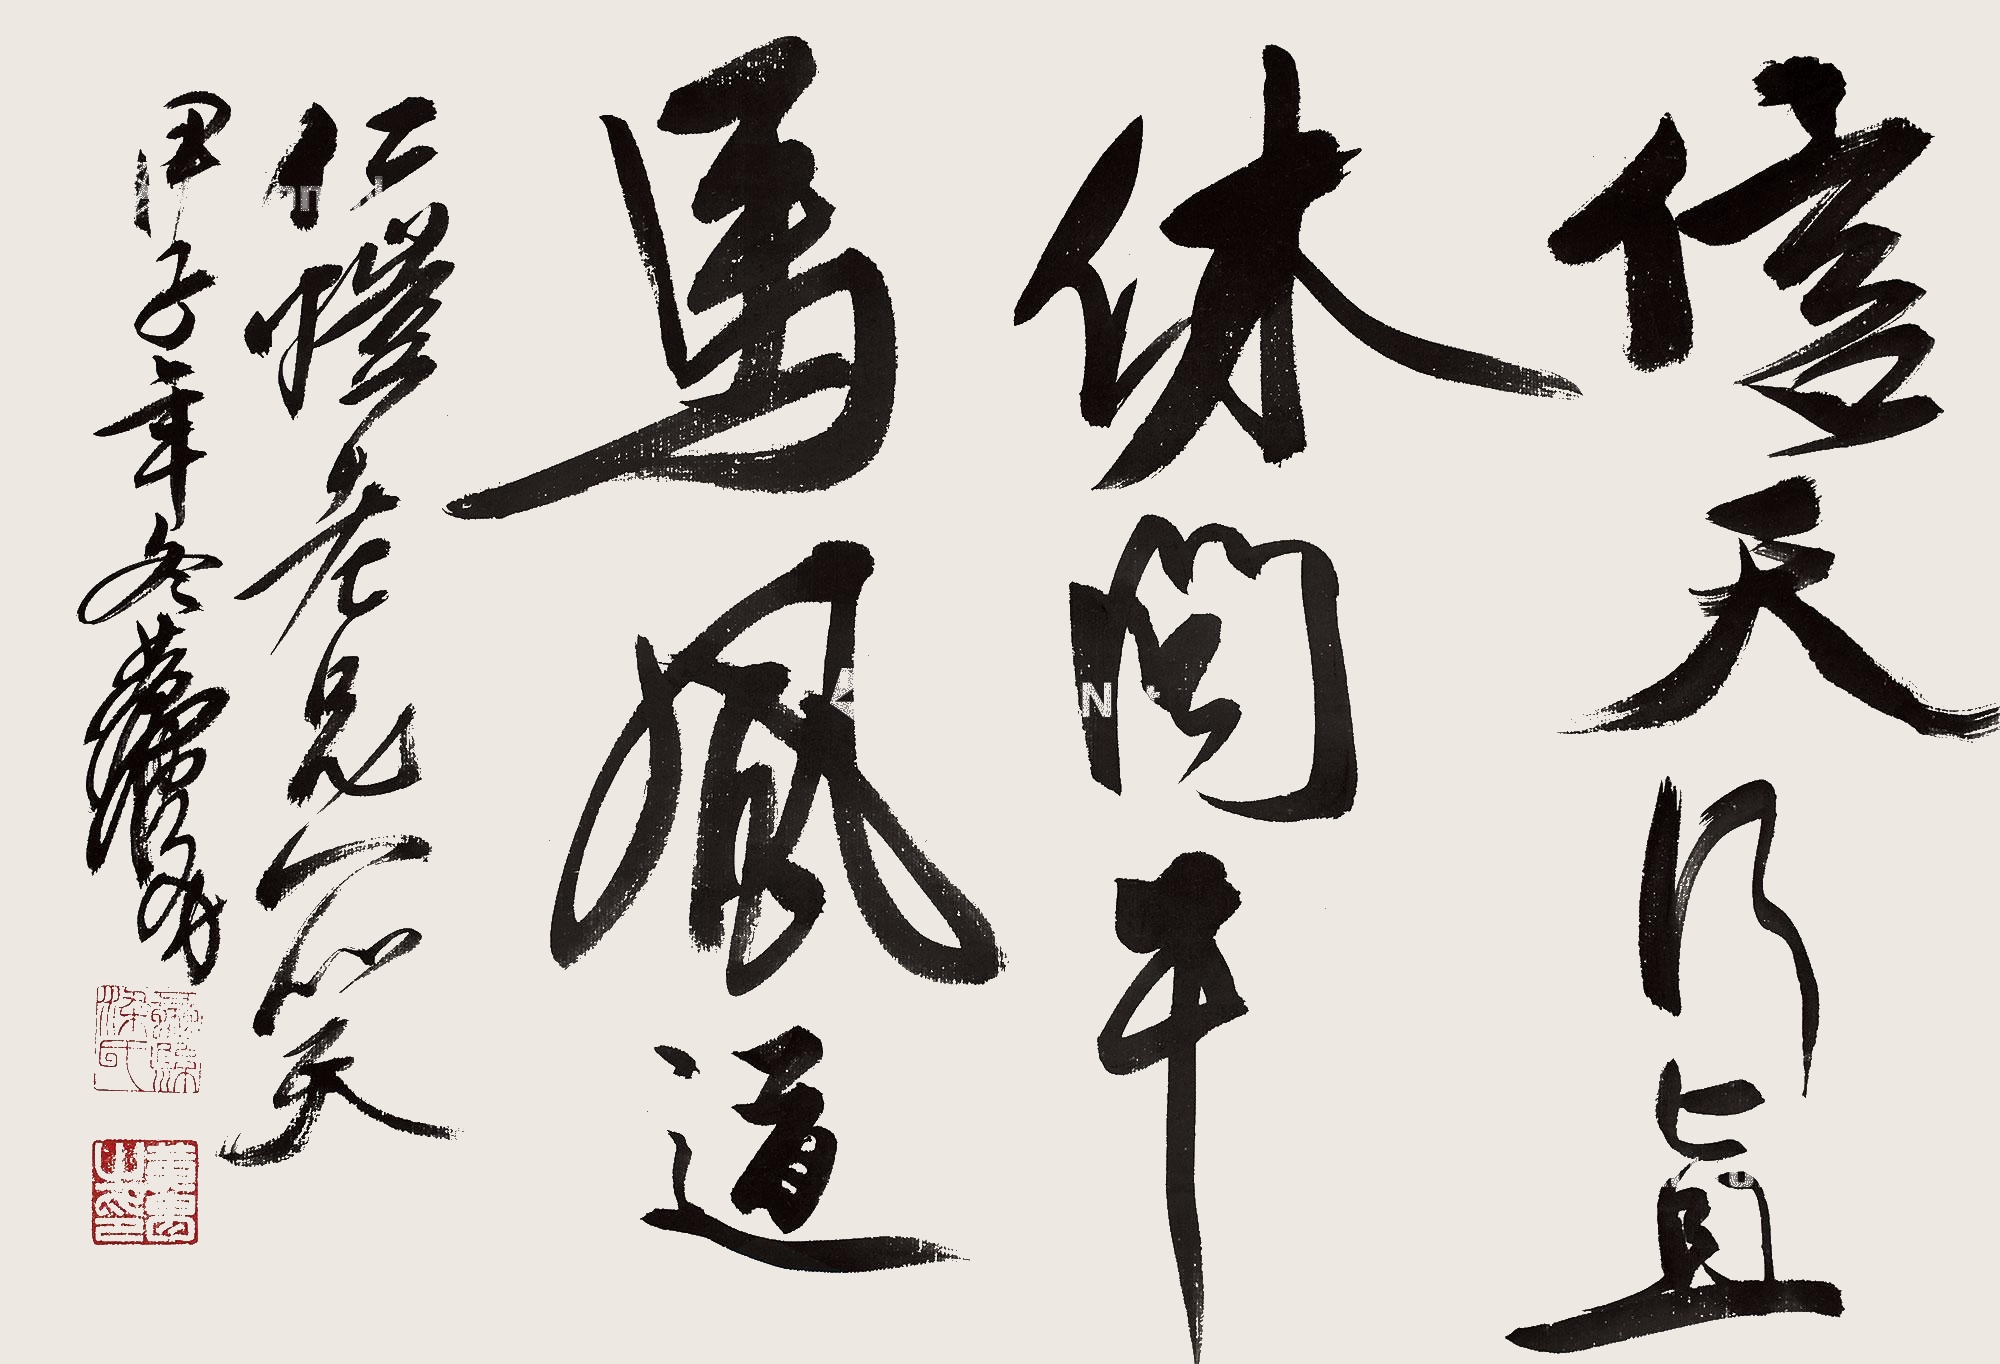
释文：信天行直道，休问牛马风。仁恺老兄一笑。甲子年冬黄胄。